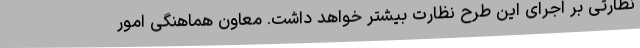
نظارتی بر اجرای این طرح نظارت بیشتر خواهد داشت. معاون هماهنگی امور